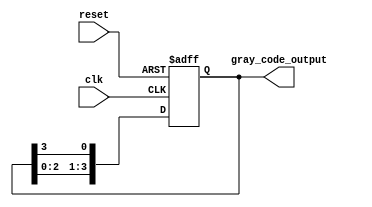
module gray_code_ring_counter (
    input wire clk,
    input wire reset,
    output reg [3:0] gray_code_output
);

reg [3:0] gray_code_reg;

// Gray code sequence for 4-bit ring counter
always @(posedge clk or posedge reset) begin
    if (reset) begin
        gray_code_reg <= 4'b0000;
    end else begin
        gray_code_reg <= {gray_code_reg[2:0], gray_code_reg[3]};
    end
end

assign gray_code_output = gray_code_reg;

endmodule